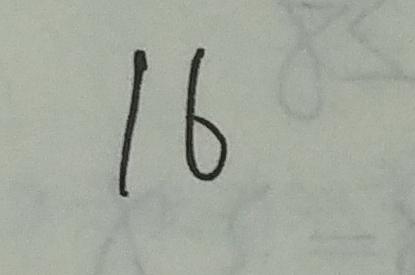
1 6